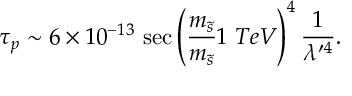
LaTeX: \tau _ { p } \sim 6 \times 1 0 ^ { - 1 3 } ~ \mathrm { s e c } \left( \frac { m _ { \tilde { s } } } { m _ { \tilde { s } } } { 1 ~ T e V } \right) ^ { 4 } \frac { 1 } { \lambda ^ { \prime 4 } } .